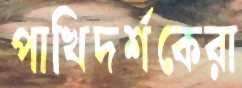
পাখিদর্শকেরা